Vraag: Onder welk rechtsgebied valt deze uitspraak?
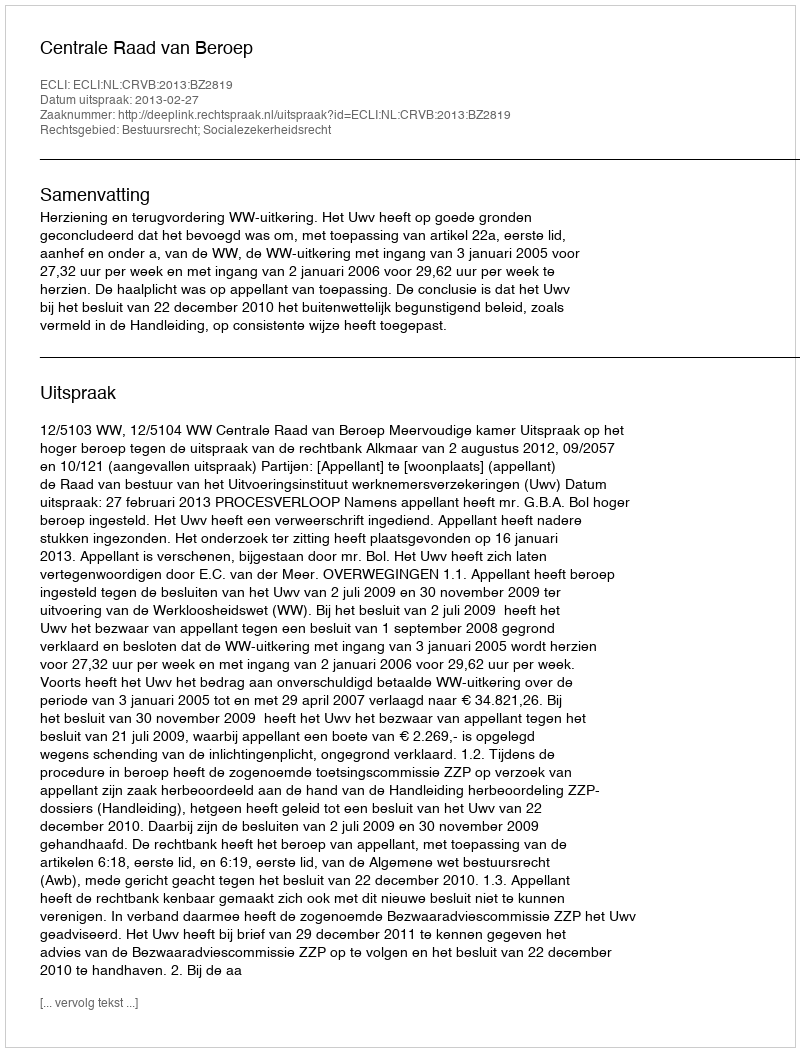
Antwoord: Bestuursrecht; Socialezekerheidsrecht